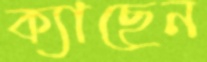
ক্যাছেন